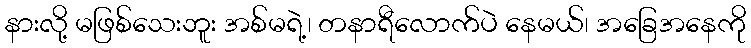
နားလို့ မဖြစ်သေးဘူး အစ်မရဲ့၊ တနာရီလောက်ပဲ နေမယ်၊ အခြေအနေကို